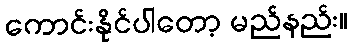
ကောင်းနိုင်ပါတော့ မည်နည်း။